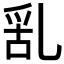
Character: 𠃹